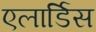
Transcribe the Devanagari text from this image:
एलार्डिस